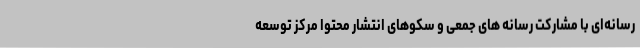
رسانه‌ای با مشارکت رسانه های جمعی و سکوهای انتشار محتوا مرکز توسعه